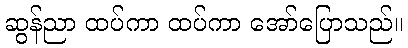
ဆွန်ညာ ထပ်ကာ ထပ်ကာ အော်ပြောသည်။